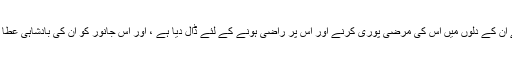
یہ پیشن گوئی کا ایک حوالہ ہے: "کیونکہ خدا نے ان کے دلوں میں اس کی مرضی پوری کرنے اور اس پر راضی ہونے کے لئے ڈال دیا ہے ، اور اس جانور کو ان کی بادشاہی عطا کردی ، یہاں تک کہ خدا کی بات پوری ہوجائے۔